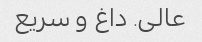
عالی. داغ و سریع